system: You are a helpful assistant.
user:
Analyze the provided spectrum to determine if it is a **Carbon Star (C-type)**.

- **Key Visual Indicators of Carbon Star:**
    - **(Primary):** Strong molecular absorption from **C₂ (diatomic carbon) "Swan Bands."** This is the **defining feature** of a carbon star.
        - **(Key Bandheads):** Sharp absorption edges are visible at approximately $5635$ Å, $5165$ Å (the strongest band), and $4737$ Å.
        - **(Line Profile):** Creates a distinct **"saw-tooth"** pattern. The key morphology is a sharp, steep bandhead on the **red (long-wavelength) side**, which then gradually tapers off (i.e., flux recovers) towards the **blue (short-wavelength) side**. *(This is the direct opposite of the TiO bands seen in M-type stars)*.

    - **(Secondary):** Intense **CN (cyanogen)** molecular absorption bands.
        - **(Key Bandheads):** Located in the blue and violet regions of the spectrum (e.g., near $4215$ Å and $3883$ Å).
        - **(Morphology):** These bands are extremely broad and act as a "blanket," absorbing the vast majority of blue and violet light. This creates a characteristic **"cliff"** or **"steep drop-off"** in the spectrum's flux at short wavelengths.

    - **(Key Confirmation):** Strong **CH absorption band (G-band)**.
        - **(Key Bandhead):** Located around $4300$ Å. The contribution from CH molecules to this band is exceptionally strong.

    - **(Overall Spectrum):**
        - The continuum is severely "chopped up" by these deep molecular bands, especially C₂, rather than appearing as a smooth curve.
        - Due to the heavy CN and C₂ absorption in the blue-green, the vast majority of the star's flux is concentrated in the red part of the spectrum, giving the star its characteristic deep red color.

Think first, call **spectral_visualization_tool** if needed to examine features in detail, then provide your final answer. Your response must adhere to the following strict rules:
1.  **Overall Structure:** Your response must follow the format `<think>...</think> <tool_call>...</tool_call> (if a tool is used) <answer>...</answer>`.
2.  **Tool Usage Constraint:** You may only make **one** tool call per turn.
3.  **Final Answer Format:** In the `<answer>` tag, your conclusion must be inside a `\boxed{}` command (e.g., `\boxed{YES}`), followed by your justification.

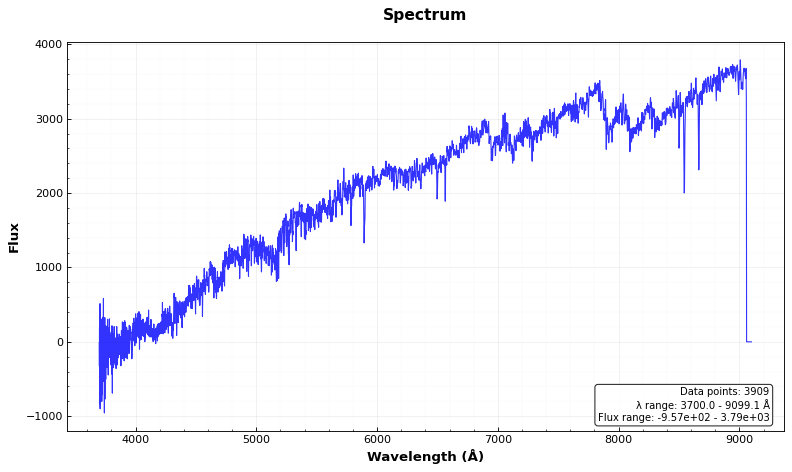
Answer: YES